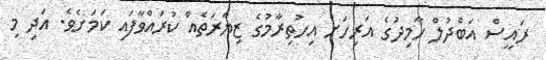
ރައީސް އަބްދުލް ހާމިދުގެ އަރިހަށް އިހުތިރާމުގެ ޒިޔާރަތެއް ކުރައްވާފައި ކަމަށެވެ. އަދި މި